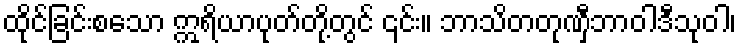
ထိုင်ခြင်းစသော ဣရိယာပုတ်တို့တွင် ၎င်း။ ဘာသိတတုဏှီဘာဝါဒီသုဝါ၊